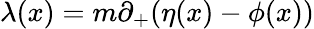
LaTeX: {\lambda}(x)=m{\partial}_{+}({\eta}(x)-{\phi}(x))